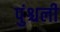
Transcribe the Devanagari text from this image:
पुंश्चली